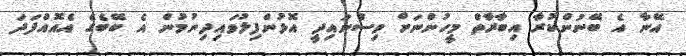
އޭނާ އެ ބޭނުންކުރާ އިބާރާތް މީހުންނަށް ވިސްނައިދީ އޮޅުންފިލުވައިދިނުމުން އެ ބޭބެގެ އެއޮއްފަދަ